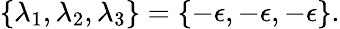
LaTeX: \{ \lambda_{1},\lambda_{2},\lambda_{3}\} =\{ -\epsilon,-\epsilon,-\epsilon\} .